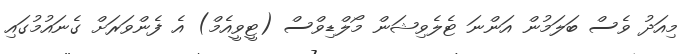
މިއަދު ވެސް ބަލަމުން އަންނަ ޓެލެވިޝަން މޯލްޑިވްސް (ޓީވީއެމް) އެ ފެންވަރަށް ގެނައުމުގައި